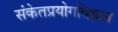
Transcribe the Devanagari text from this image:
संकेतप्रयोगविज्ञान